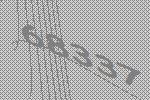
68337